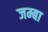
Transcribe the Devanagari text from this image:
जम्बा